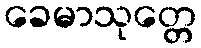
ခေမာသုတ္တေ